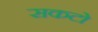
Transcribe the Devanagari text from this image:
सकटो